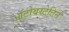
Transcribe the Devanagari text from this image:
ऑटोवस्टेटिन